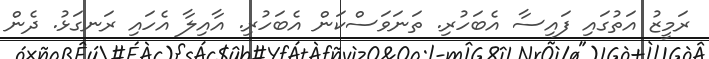
ރަމީޒު އަތުގައި ފައިސާ އެބަހުރި. ތަނަވަސްކަން އެބަހުރި. އާއިލާ އެހައި ރަނގަޅު. ދެން